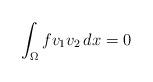
LaTeX: \begin{align*}\int_\Omega f v_1 v_2\, dx=0\end{align*}